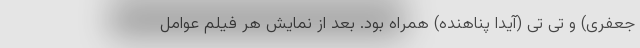
جعفری) و تی تی (آیدا پناهنده) همراه بود. بعد از نمایش هر فیلم عوامل